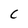
Character: C